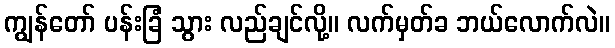
ကျွန်တော် ပန်းခြံ သွား လည်ချင်လို့။ လက်မှတ်ခ ဘယ်လောက်လဲ။